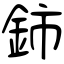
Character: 鈰